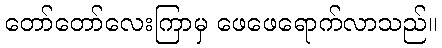
တော်တော်လေးကြာမှ ဖေဖေရောက်လာသည်။